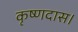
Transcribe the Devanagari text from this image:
कृष्णदास।